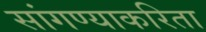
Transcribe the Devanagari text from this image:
सांगण्याकरिता